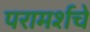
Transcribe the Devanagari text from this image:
परामर्शचे